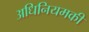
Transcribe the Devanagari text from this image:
अधिनियमकी